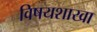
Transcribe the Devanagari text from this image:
विषयशाखा